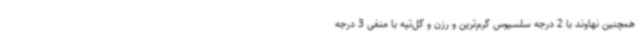
همچنین نهاوند با 2 درجه سلسیوس گرم‌ترین و رزن و گل‌تپه با منفی 3 درجه